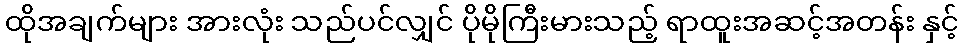
ထိုအချက်များ အားလုံး သည်ပင်လျှင် ပိုမိုကြီးမားသည့် ရာထူးအဆင့်အတန်း နှင့်